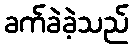
ခက်ခဲခဲ့သည်